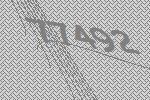
77492